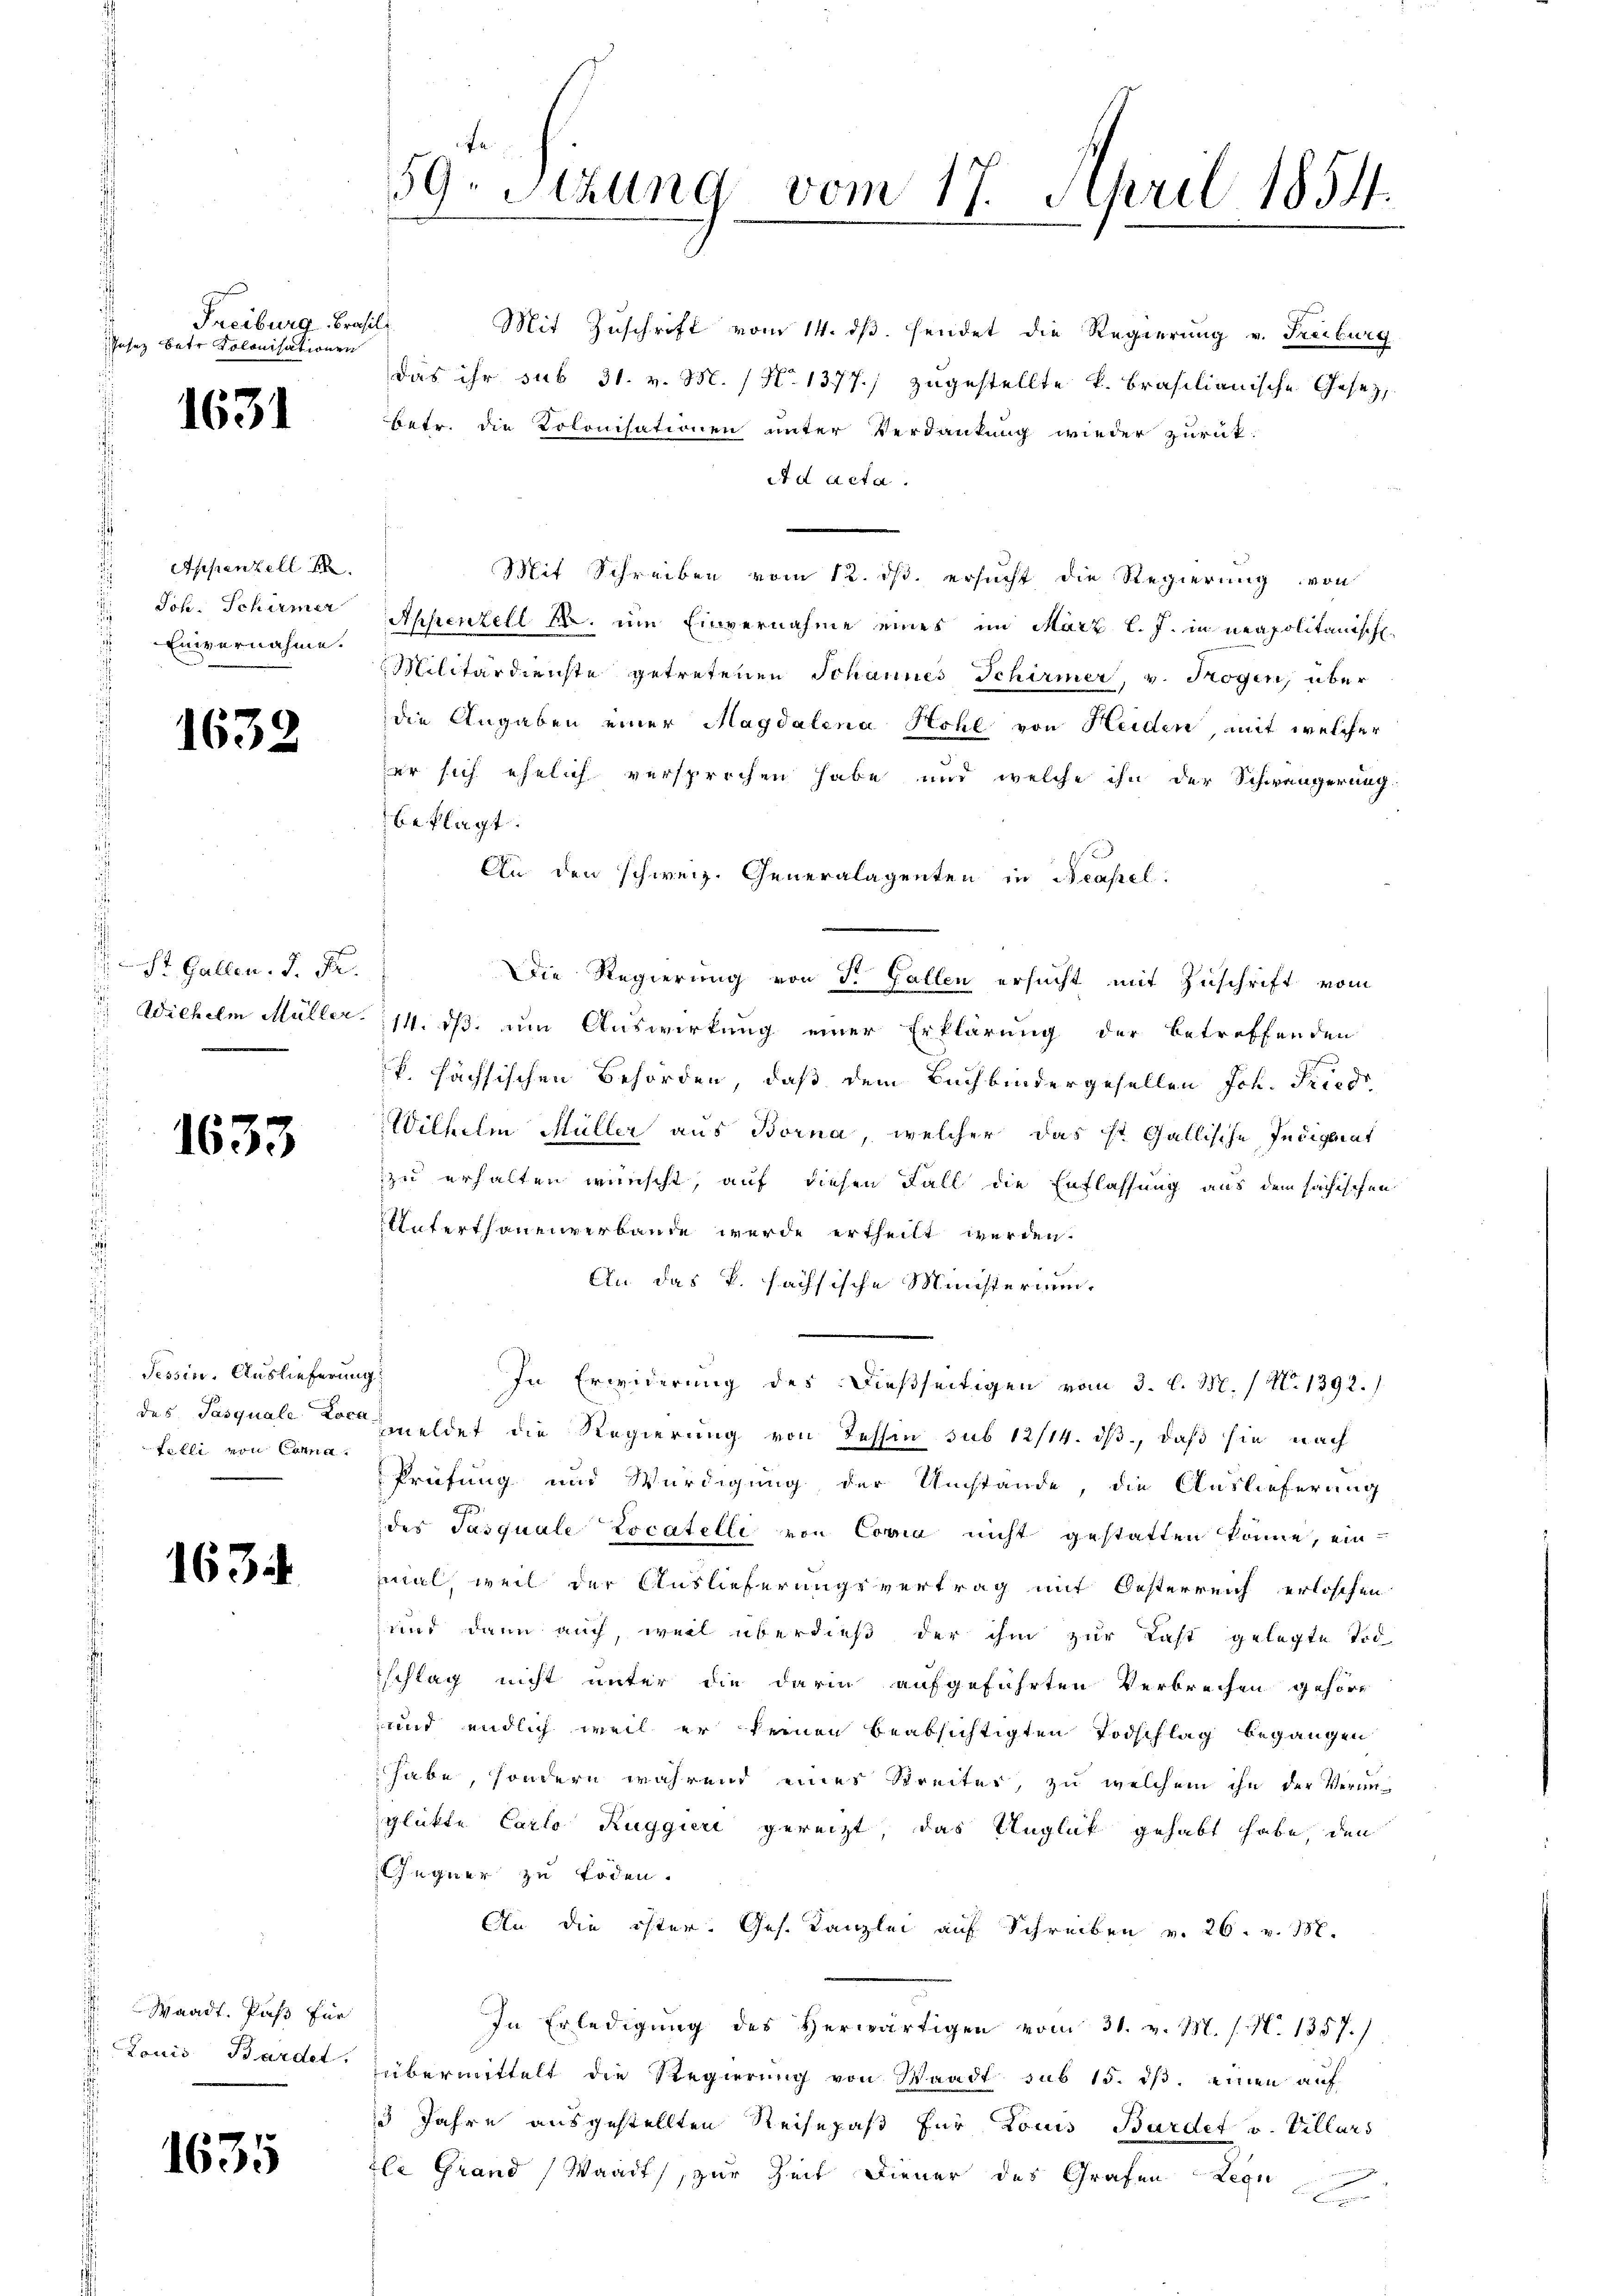
Freiburg - Präsi
Jasez Batr Kolonisationen

1631

Appenzell d
Joh. Schümer
Einvernahme.

1632

St. Gallen. J. Pr.
 Wichelm Müller.

1633

Tessin, Auslieferung
Felli von Corna

1634

Waadt, Paß für
 Louis Bardet.

1635

59. Sitzung vom 17. April 1854.

l
Mit Zuschrift vom 14. ds. sendet die Regierung v. Freiburg
das ihr sub 31. v. M. / No. 1377.) zugestellte k. Brasilianische Gesezbetr. die Polonisationen unter Verdankung wieder zurük¬
Ad Acta.
Mit Schreiben vom 12. ds. ersucht die Regierung von
Appenzell M. um Einvernahme eines im März l. J. in neapolitanisch
Militärdienste getretenen Johannes Schirmer, v. Högen, über
die Angaben einer Magdalena Hohl von Heiden, mit welcher
er sich ehelich versprochen habe und welche ihn der Schwängerung
beklagt.
An den schweiz. Generalagenten in Basel.
Die Regierung von d. Gallen ersucht mit Zuschrift vom
14. ds. um Auswirkung einer Erklärung der betreffenden
fund
 sächsischen Behörden, daß dem Buchbindergesellen Joh. Fried
Wilhelm Müller aus Borna, welcher das ist Gallische Indigerat
zu erhalten wünscht, auf diesen Fall die Entlassung aus dem sachischen
Unterthanenverbande werde ertheilt werden.
An das k. fachsische Ministerium,
In Erwiderung des dießseitigen vom 3. l. M. / N. 1392.
des Pasquale vor meldet die Regierung von Tessin sub 12/14. ds, daß sie nach
Prüfung und Würdigung der Umstände, die Auslieferung
7
des Pasquale Locatelle von Copia nicht gestatten könne, ein
mal, weil der Auslieferungsvertrag mit Oesterreich erloschen
und dann auch, weil überdieß der ihm zur Last gelegte Tod
schlag nicht unter die darin aufgeführten Verbrechen gehöre
und endlich weil er keinen beabsichtigten Todschlag begangen
habe, sondern während eines Streiter, zu welchem ihn der Verurglickte Carlo Rugguri gereizt, das Unglück gehabt habe, den
Gegner zu töden.
An die öster. Ges. Kanzlei auf Schreiben v. 26. v. 158.
In Erledigung des Herwärtigen vom 31. v. M. s. N. 1357.)
übermittelt die Regierung von Waadt sub 15. ds. einen auf
3 Jahre ausgestellten Reisepaß für Louis Bardet v. Villars
zle Grand Waadt, zur Zeit Diener des Grafen Legi
2